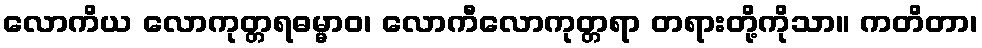
လောကိယ လောကုတ္တရဓမ္မာဝ၊ လောကီလောကုတ္တရာ တရားတို့ကိုသာ။ ကတိတာ၊